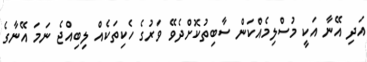
އަދި އޭނާ އަކީ މުސްލިމެއްކަން ސާބިތުކޮށްދެވޭ ވަރުގެ ހެކިތަކެއް ލިބިއްޖެ ނަމަ އޭނާގެ